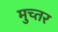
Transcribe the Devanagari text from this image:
मुच्तर